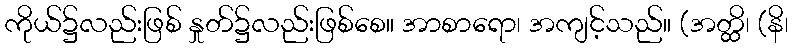
ကိုယ်၌လည်းဖြစ် နှုတ်၌လည်းဖြစ်စေ။ အာစာရော၊ အကျင့်သည်။ (အတ္ထိ၊ (နိ၊